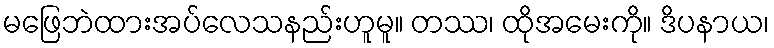
မဖြေဘဲထားအပ်လေသနည်းဟူမူ။ တဿ၊ ထိုအမေးကို။ ဒိပနာယ၊